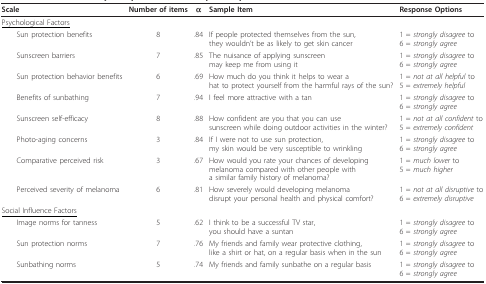
<table><thead><tr><td><b> Scale</b></td><td><b>Number of items</b></td><td><b>α</b></td><td><b>Sample Item</b></td><td><b>Response Options</b></td></tr></thead><tbody><tr><td><underline>Psychological Factors</underline></td><td></td><td></td><td></td><td></td></tr><tr><td> Sun protection benefits</td><td>8</td><td>.84</td><td>If people protected themselves from the sun, they wouldn&#x27;t be as likely to get skin cancer</td><td>1 = <i>strongly disagree </i>to6 = <i>strongly agree</i></td></tr><tr><td> Sunscreen barriers</td><td>7</td><td>.85</td><td>The nuisance of applying sunscreen may keep me from using it</td><td>1 = <i>strongly disagree </i>to6 = <i>strongly agree</i></td></tr><tr><td> Sun protection behavior benefits</td><td>6</td><td>.69</td><td>How much do you think it helps to wear a hat to protect yourself from the harmful rays of the sun?</td><td>1 = <i>not at all helpful </i>to5 = <i>extremely helpful</i></td></tr><tr><td> Benefits of sunbathing</td><td>7</td><td>.94</td><td>I feel more attractive with a tan</td><td>1 = <i>strongly disagree </i>to6 = <i>strongly agree</i></td></tr><tr><td> Sunscreen self-efficacy</td><td>8</td><td>.88</td><td>How confident are you that you can use sunscreen while doing outdoor activities in the winter?</td><td>1 = <i>not at all confident </i>to5 = <i>extremely confident</i></td></tr><tr><td> Photo-aging concerns</td><td>3</td><td>.84</td><td>If I were not to use sun protection, my skin would be very susceptible to wrinkling</td><td>1 = <i>strongly disagree </i>to6 = <i>strongly agree</i></td></tr><tr><td> Comparative perceived risk</td><td>3</td><td>.67</td><td>How would you rate your chances of developing melanoma compared with other people with a similar family history of melanoma?</td><td>1 = <i>much lower </i>to5 = <i>much higher</i></td></tr><tr><td> Perceived severity of melanoma</td><td>6</td><td>.81</td><td>How severely would developing melanoma disrupt your personal health and physical comfort?</td><td>1 = <i>not at all disruptive </i>to6 = <i>extremely disruptive</i></td></tr><tr><td><underline>Social Influence Factors</underline></td><td></td><td></td><td></td><td></td></tr><tr><td> Image norms for tanness</td><td>5</td><td>.62</td><td>I think to be a successful TV star, you should have a suntan</td><td>1 = <i>strongly disagree </i>to6 = <i>strongly agree</i></td></tr><tr><td> Sun protection norms</td><td>7</td><td>.76</td><td>My friends and family wear protective clothing, like a shirt or hat, on a regular basis when in the sun</td><td>1 = <i>strongly disagree </i>to6 = <i>strongly agree</i></td></tr><tr><td> Sunbathing norms</td><td>5</td><td>.74</td><td>My friends and family sunbathe on a regular basis</td><td>1 = <i>strongly disagree </i>to6 = <i>strongly agree</i></td></tr></tbody></table>